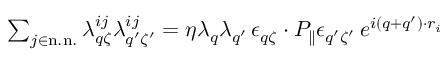
\begin{array} { r } { \sum _ { j \in \mathrm { n . n . } } \lambda _ { q \zeta } ^ { i j } \lambda _ { q ^ { \prime } \zeta ^ { \prime } } ^ { i j } = \eta \lambda _ { q } \lambda _ { q ^ { \prime } } \, \epsilon _ { q \zeta } \cdot P _ { \parallel } \epsilon _ { q ^ { \prime } \zeta ^ { \prime } } \, e ^ { i ( q + q ^ { \prime } ) \cdot r _ { i } } } \end{array}